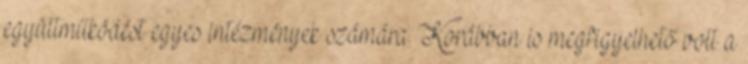
együttműködést egyes intézmények számára. Korábban is megfigyelhető volt a